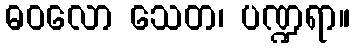
ဓဝလော သေတ၊ ပဏ္ဍရာ။